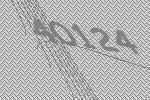
40124